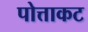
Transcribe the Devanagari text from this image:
पोत्ताकट